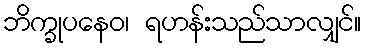
ဘိက္ခုပနေဝ၊ ရဟန်းသည်သာလျှင်။